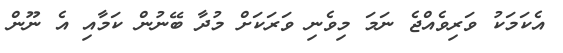
އެކަމަކު ވަރިވެއްޖެ ނަމަ މިވެނި ވަރަކަށް މުދާ ބޭނުން ކަމާއި އެ ނޫން